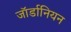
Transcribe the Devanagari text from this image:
जॉर्डानियन